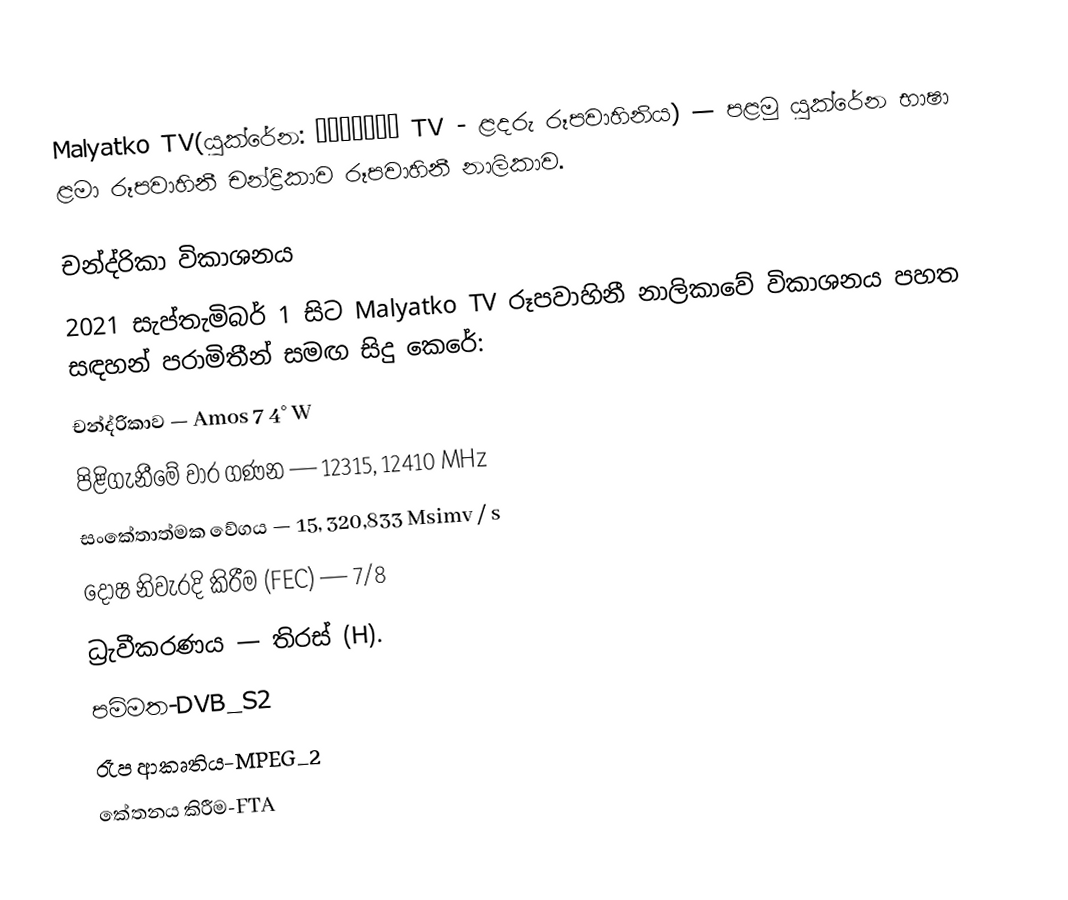
Malyatko TV(යුක්රේන: Малятко TV - ළදරු රූපවාහිනිය)  — පළමු යුක්රේන භාෂා ළමා රූපවාහිනී චන්ද්‍රිකාව රූපවාහිනී නාලිකාව.

චන්ද්රිකා විකාශනය
2021 සැප්තැමිබර් 1 සිට Malyatko TV රූපවාහිනී නාලිකාවේ විකාශනය පහත සඳහන් පරාමිතීන් සමඟ සිදු කෙරේ:
 චන්ද්රිකාව — Amos 7 4° W
 පිළිගැනීමේ වාර ගණන — 12315, 12410 MHz
 සංකේතාත්මක වේගය — 15, 320,833 Msimv / s
 දෝෂ නිවැරදි කිරීම (FEC) — 7/8
 ධ්‍රැවීකරණය — තිරස් (H).
 පමිමත-DVB_S2
 රෑප ආකෘතිය-MPEG_2
 කේතනය කිරීම-FTA